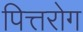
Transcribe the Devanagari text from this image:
पित्तरोग